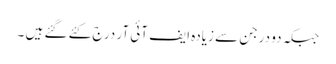
جبکہ دو درجن سے زیادہ ایف آئی آر درج کئے گئے ہیں ۔